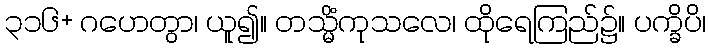
၃၁၆+ ဂဟေတွာ၊ ယူ၍။ တသ္မိံကုသလေ၊ ထိုရေကြည်၌။ ပက္ခိပိ၊